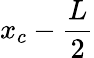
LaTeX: x_{c}-{\frac{L}{2}}